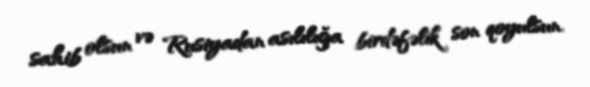
sahib olsun və Rusiyadan asılılığa birdəfəlik son qoyulsun.